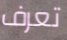
تعرف